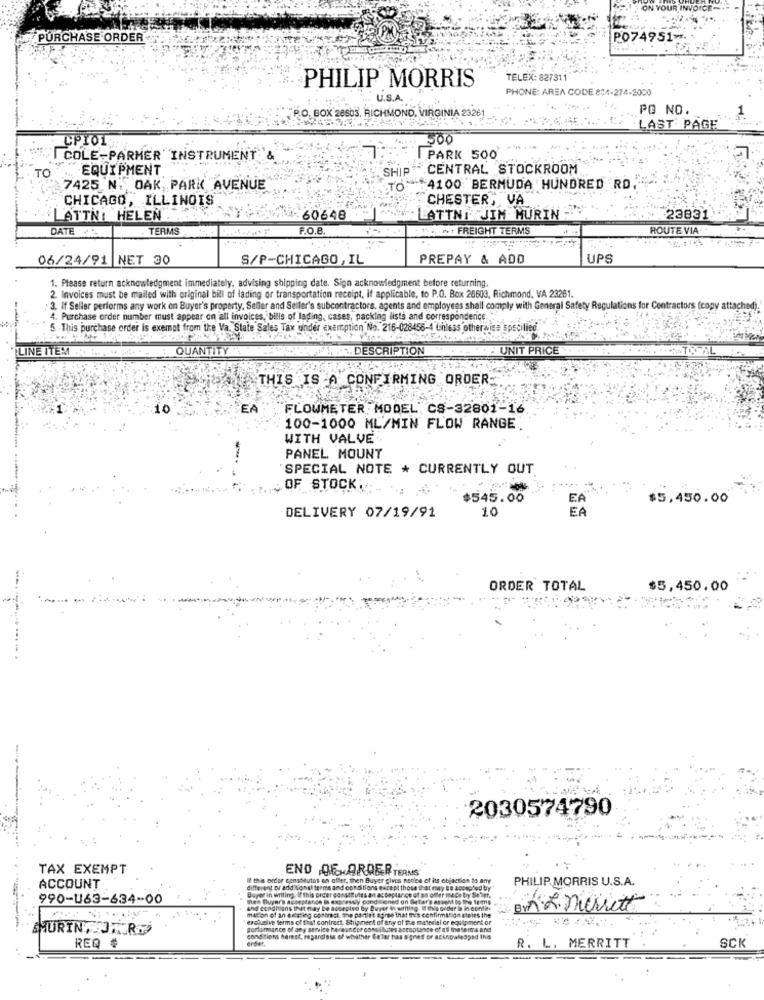
OUR IN
PURCHASE ORDER
PO74951-
PHILIP MORRIS
TELEX: 827311
PHONE: AREA CODE 8:4-274-3000
U.S.A.
PG NO.
PO. BOX 28603, RICHMOND, VIRGINIA 23261
. LAST PAGE'
500
CPIO1
COLE-PARMER INSTRUMENT &
PARK 500
TO
"" " EQUIPMENT
SHIP CENTRAL STOCKROOM
7425 N. OAK, PARK AVENUE
TO: 4100 BERMUDA HUNDRED RD.
CHICAGO, ILLINOIS
CHESTER, VA
ATTN: HELEN
60648
ATTNI JIM MURIN -
23831
DATE:
TERMS
F.O.B
.t ., ** + FREIGHT TERMS
ROUTE VIA
06/24/91 NET 30
S/P-CHICAGO, IL
PREPAY & ADD
UPS
1. Please return acknowledgment immediately, advising shipping date. Sign acknowledgment before returning.
2. Invoices must be mailed with original bill of lading or transportation receipt, if applicable, to P.O. Box 25603, Richmond, VA 23261.
3. If Seller performs any work on Buyer's property, Sefler and Seller's subcontractors, agents and employees shall comply with General Safety Regulations for Contractors (copy attached).
4. Purchase order number must appear on all invoices. bills of lading, cases, packing lists and correspondence.
5. - This purchase order is exempt from the Va. State Sales Tax under exemption No. 216-028456-4 Chless otherwise specilied
LINE ITEM
QUANTITY
DESCRIPTION
UNIT PRICE
THIS IS A CONFIRMING ORDER:
10
EA
FLOWMETER : MODEL, CS-32801-16
100-1000 ML/MIN FLOW RANGE
WITH VALVE
PANEL MOUNT
SPECIAL NOTE * CURRENTLY OUT
„OF STOCK .. ... ..
$545.00
EA
$5,450.00
DELIVERY 07/19/91
10
EA
ORDER TOTAL
$5,450.00
2030574790
TAX EXEMPT
END OF ORDER TERMS
ACCOUNT
I this order consoautos an offer, then Buyer gives notice of its objection to any
PHILIP MORRIS U.S.A.
different or additional terms and conditions eucept those that may Be aopephed by
990-U63-634-00
The Buyer's acceptance la expressly conditioned on Ster's es sont to the terms
Buyer in writing. If this order conadgutes an acceptance of an offer made by Se)et,
and conditions that may be susepted by Rupee in writing. Il thi
der la in conte
Bn R. Merritt
exclusive terms of that contract, Shipment of any of the me
macon of an fetaseg contract. the partiet agree that as confirma"on st
SHURIN AJAR
gordonance of any service hereancor consit
SCK
REQ #
R. L. MERRITT
4